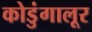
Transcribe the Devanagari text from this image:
कोडुंगालूर